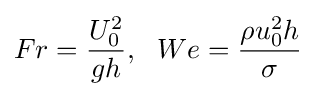
Fr={\frac {U_{0}^{2}}{gh}},\,\,\ We={\frac {\rho u_{0}^{2}h}{\sigma }}